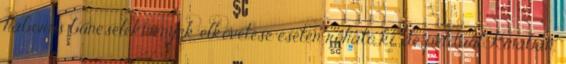
háborús bűncselekmények elkövetése esetén róható ki, de például Kínában,